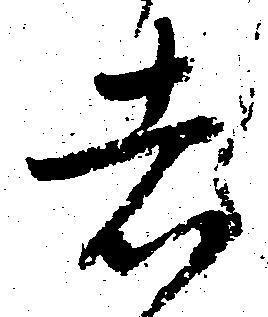
者